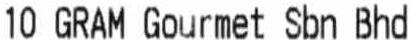
10 GRAM GOURMET SBN BHD